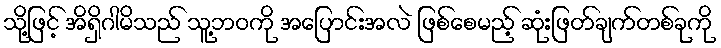
သို့ဖြင့် အိရှိဂါမိသည် သူ့ဘဝကို အပြောင်းအလဲ ဖြစ်စေမည့် ဆုံးဖြတ်ချက်တစ်ခုကို